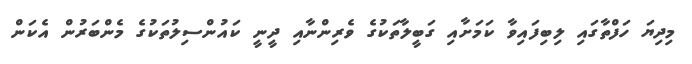
މިދިޔަ ހަފްތާގައި ލިބިފައިވާ ކަމަށާއި ގަބީލާތަކުގެ ވެރިންނާއި ދީނީ ކައުންސިލުތަކުގެ މެންބަރުން އެކަން